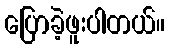
ပြောခဲ့ဖူးပါတယ်။